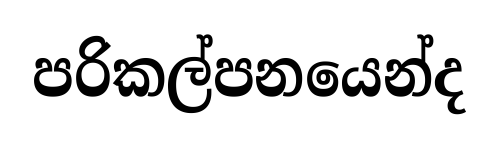
පරිකල්පනයෙන්ද